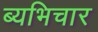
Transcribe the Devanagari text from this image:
ब्यभिचार